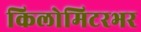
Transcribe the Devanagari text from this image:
किलोमिटरभर